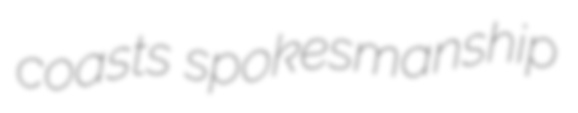
coasts spokesmanship